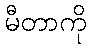
မီတာကို